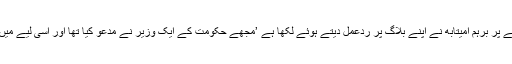
اِس پورے تنازعے پر برہم امیتابھ نے اپنے بلاگ پر ردعمل دیتے ہوئے لکھا ہے ’مجھے حکومت کے ایک وزیر نے مدعو کیا تھا اور اِسی لیے میں وہاں موجود تھا۔